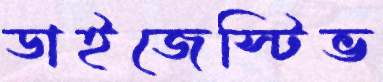
ডাইজেস্টিভ